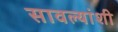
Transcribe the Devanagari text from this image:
सावल्यांशी